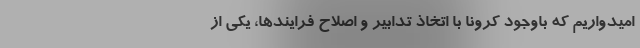
امیدواریم که باوجود کرونا با اتخاذ تدابیر و اصلاح فرایندها، یکی از